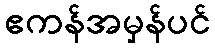
ဧကန်အမှန်ပင်